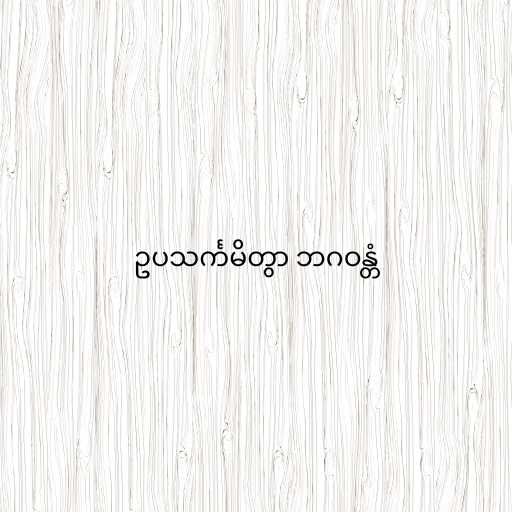
ဥပသင်္ကမိတွာ ဘဂဝန္တံ